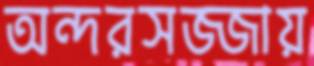
অন্দরসজ্জায়